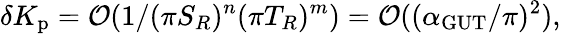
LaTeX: \delta K_{\mathrm{p}}={\cal O}(1/(\pi S_{R})^{n}(\pi T_{R})^{m})={\cal O}((\alpha_{\mathrm{GUT}}/\pi)^{2}),